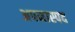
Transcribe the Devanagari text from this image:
अपमास्पद